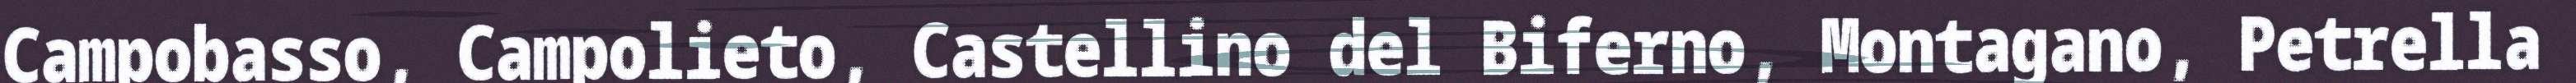
Campobasso, Campolieto, Castellino del Biferno, Montagano, Petrella